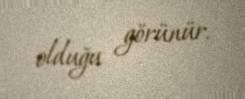
olduğu görünür.